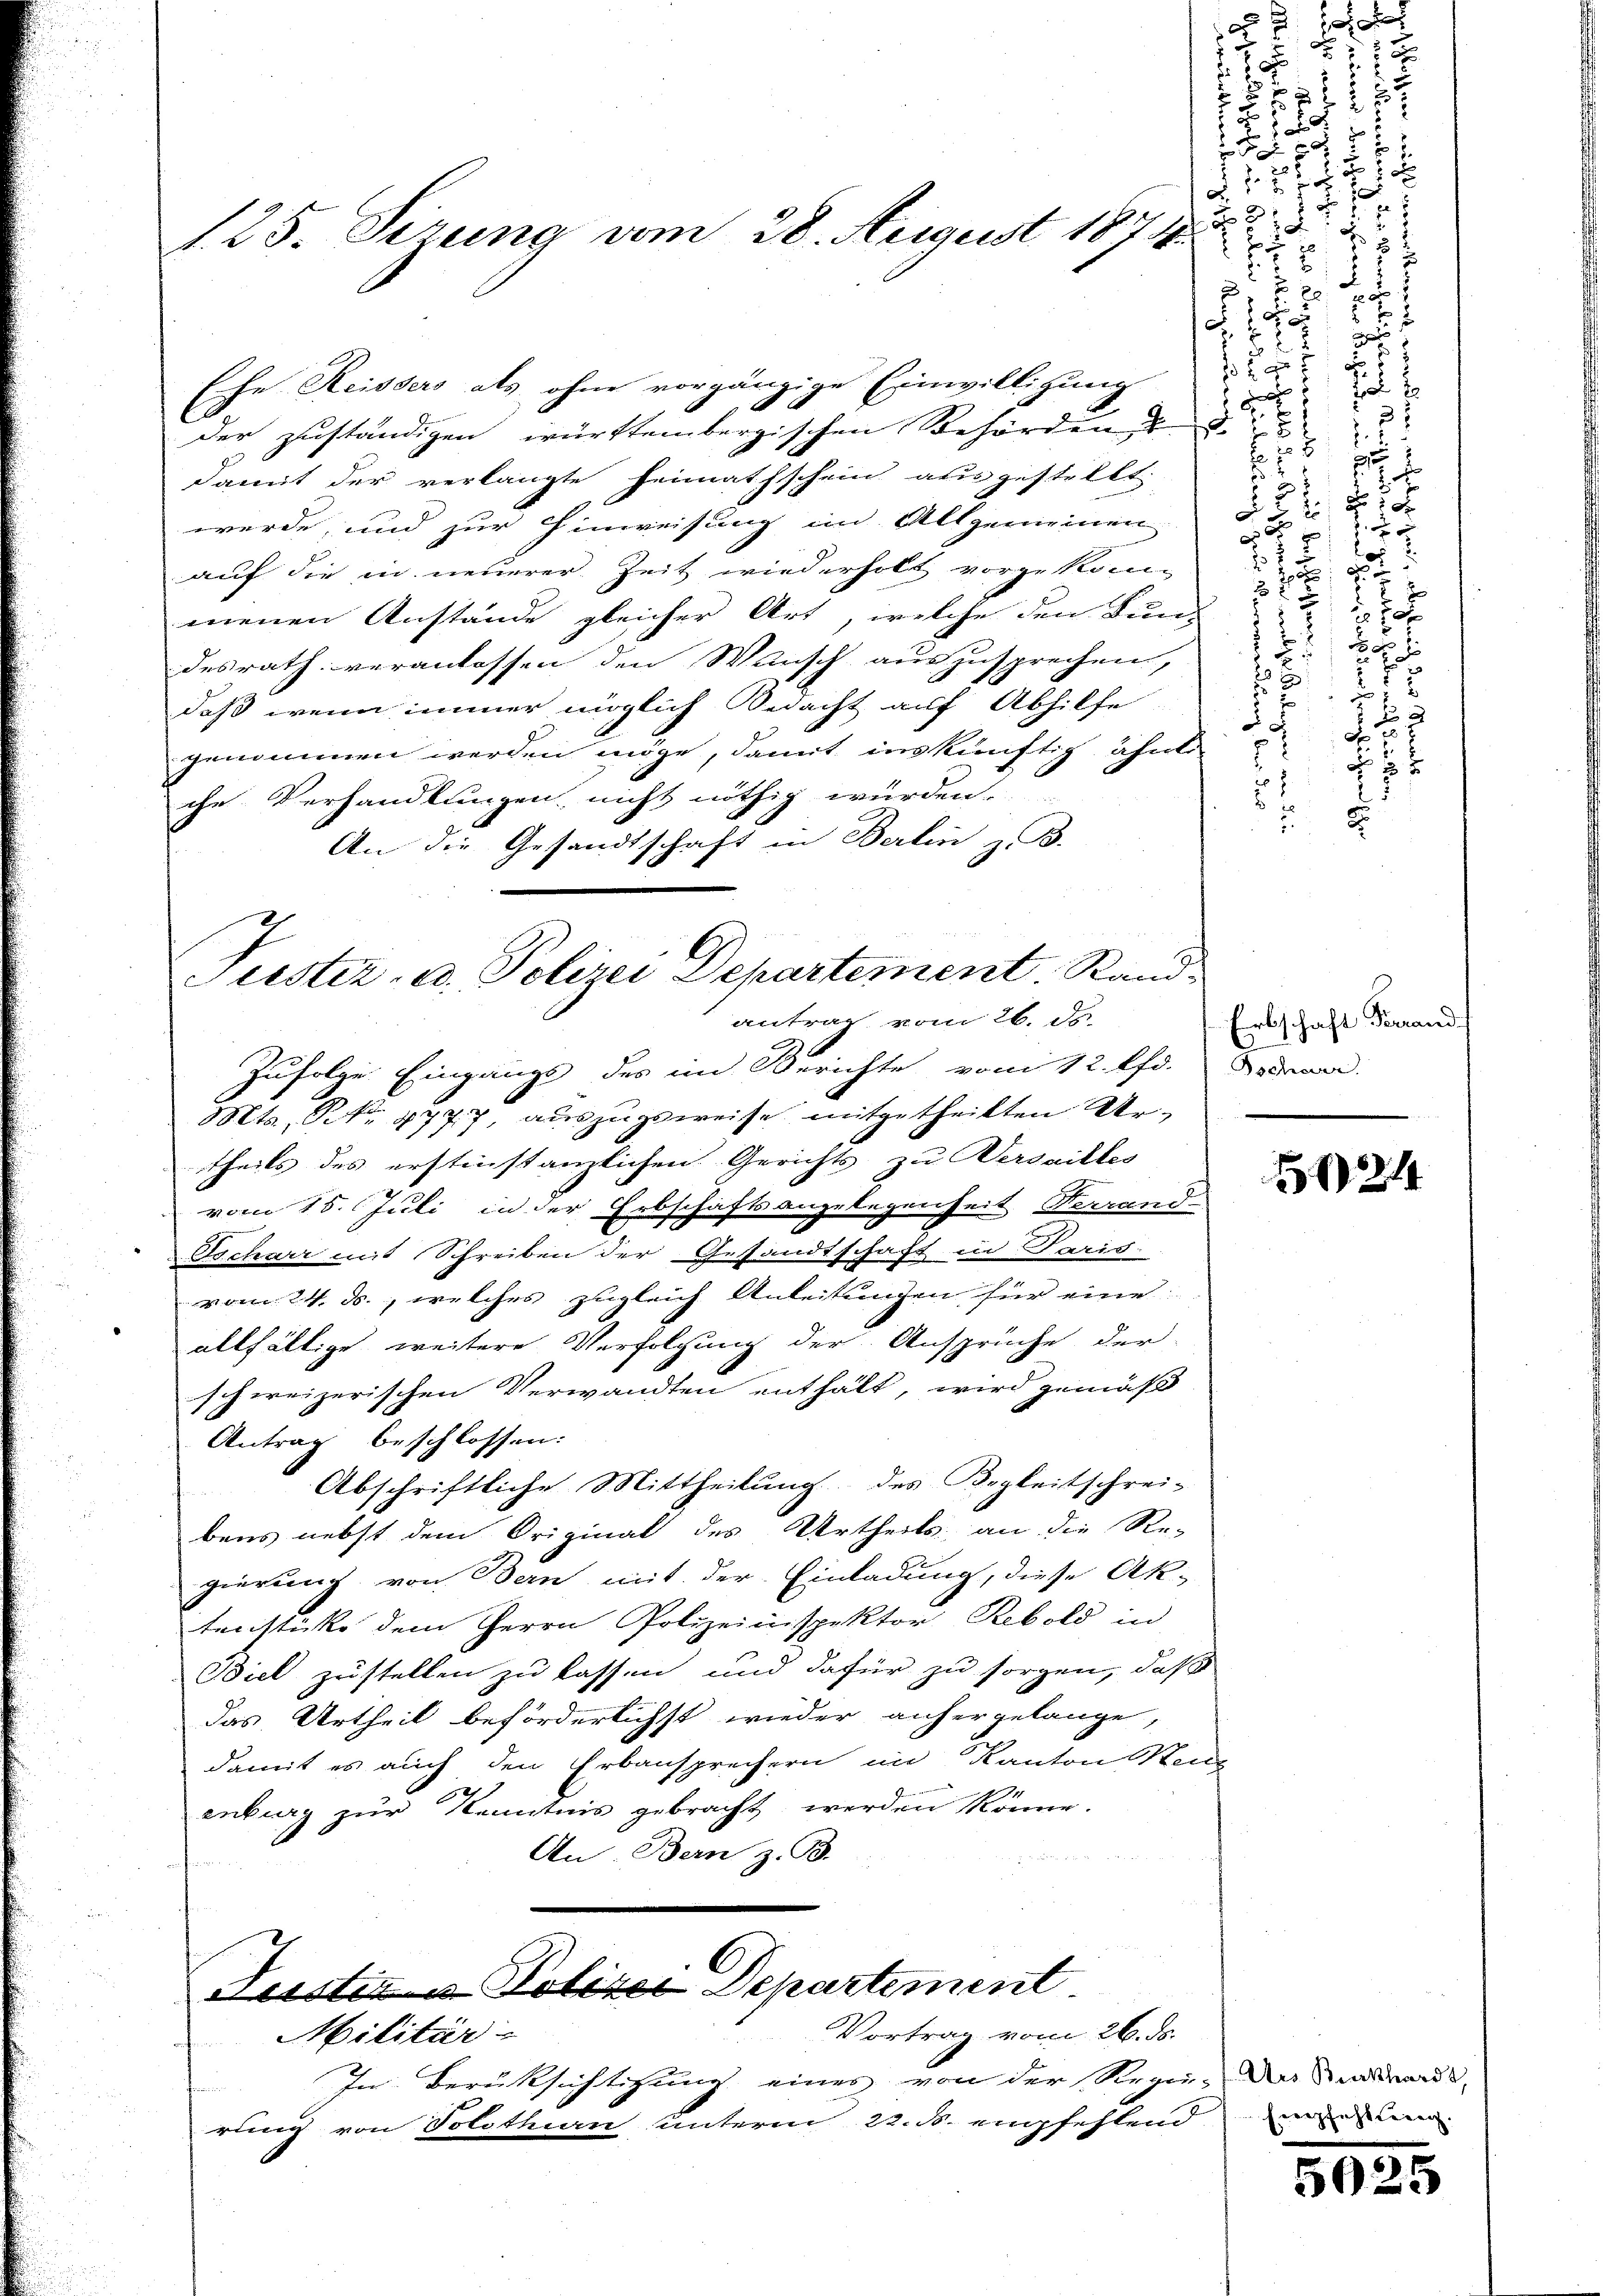
2
3
1
5 f 0 x
3

2
2
2
x
18:
.

25

 f. 52 x
s
55
F.
1
 x
7
d

2
e
a

.

2 x
.
u
e
2
.
x
x
Eiche Reissers als ohne vorgängige Einwilligun-
.
x
 x

6
28
5
5
der zuständigen württembergischen Behörden
.

damit der verlangte Heimathschein aus gestellt.
werde, und zur Hinweisung im Allgemeinen
auf die in neuerer Zeit wiederholt vorzukommenen Anstände gleicher Art, welche den Kunz
desrath veranlassen den Wunsch auszusprechen,
daß wenn immer möglich nacht auf Abhilfe,
genommen werden möge, damit inskünftig, ahnte
.
e Verhandlungen, nicht nöthig wurden
2
.
An die Gesandtschaft in Berlin u. B.
Puster u. Polizei Departement. Rand
antrag vom 26. d.
Erbschaft Ferrand
e
Bschnen.
zufolge Eingangs des im Berichte vom 12. Pfr.
Mts. No. 1777, auszugsweise mitgetheilten Urtheils des erstinstantichen Gericht zu Verdailles
24
vom 15. Juli in der Erbschäftsangelegenheit Ferrand-
Tscharr mit Schreiben der Gesandtschaft in Paris.
vom 24. ds., welches zugleich Anleitungen für eine
allfältige weitere Verfolgung der Ansprüche der
schweizerischen Verwandten enthalt, wird gemäß
Antrag beschlossen:
Abschriftliche Mittheilung des Vorkeitschrei-
bens nebst dem Original des Urtheils, an die Re-
gierung von Bern mit der Einladung, diese Aktenstücke dem Herrn Volmeinspektor Rebold in
Biel zustellen zu lassen und dafür zu sorgen, daß
das Urtheil beförderlichtt wieder anhergelange,
damit es auch den Erbansprechern im Kanton Menz
enburg zur Kenntnis gebracht werden könne.
An Bern z. B.
 x 2

1. 13. Sitzung vom 28. August 1878

Justiz u. Polizei Departement
Vortrag vom 26. ds.
Militär-

In Berüksichtigung eines von der Rein-An und wardt
n
rung von Solothurn unterm 22. M. empfehlend dieser

2
.
r

e

2
2
2 x
. d.
5

 xx
2
22

8
n
.
e
2

d
x
x
s
0x
2
d
10
E
20 x
2

F
2
2 x

5025